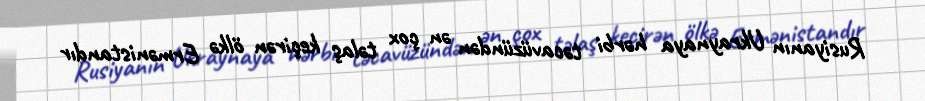
Rusiyanın Ukraynaya hərbi təcavüzündən ən çox təlaş keçirən ölkə Ermənistandır